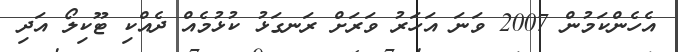
އެހެންކަމުން 2007 ވަނަ އަހަރު ވަރަށް ރަނގަޅު ކުޅުމެއް ދެއްކި ޓޫކިލޯ އަދި